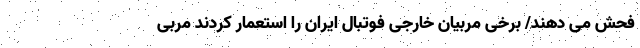
فحش می دهند/ برخی مربیان خارجی فوتبال ایران را استعمار کردند مربی